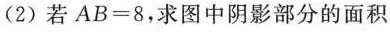
(2)若$$AB=8$$，求图中阴影部分的面积。